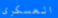
العسكرى